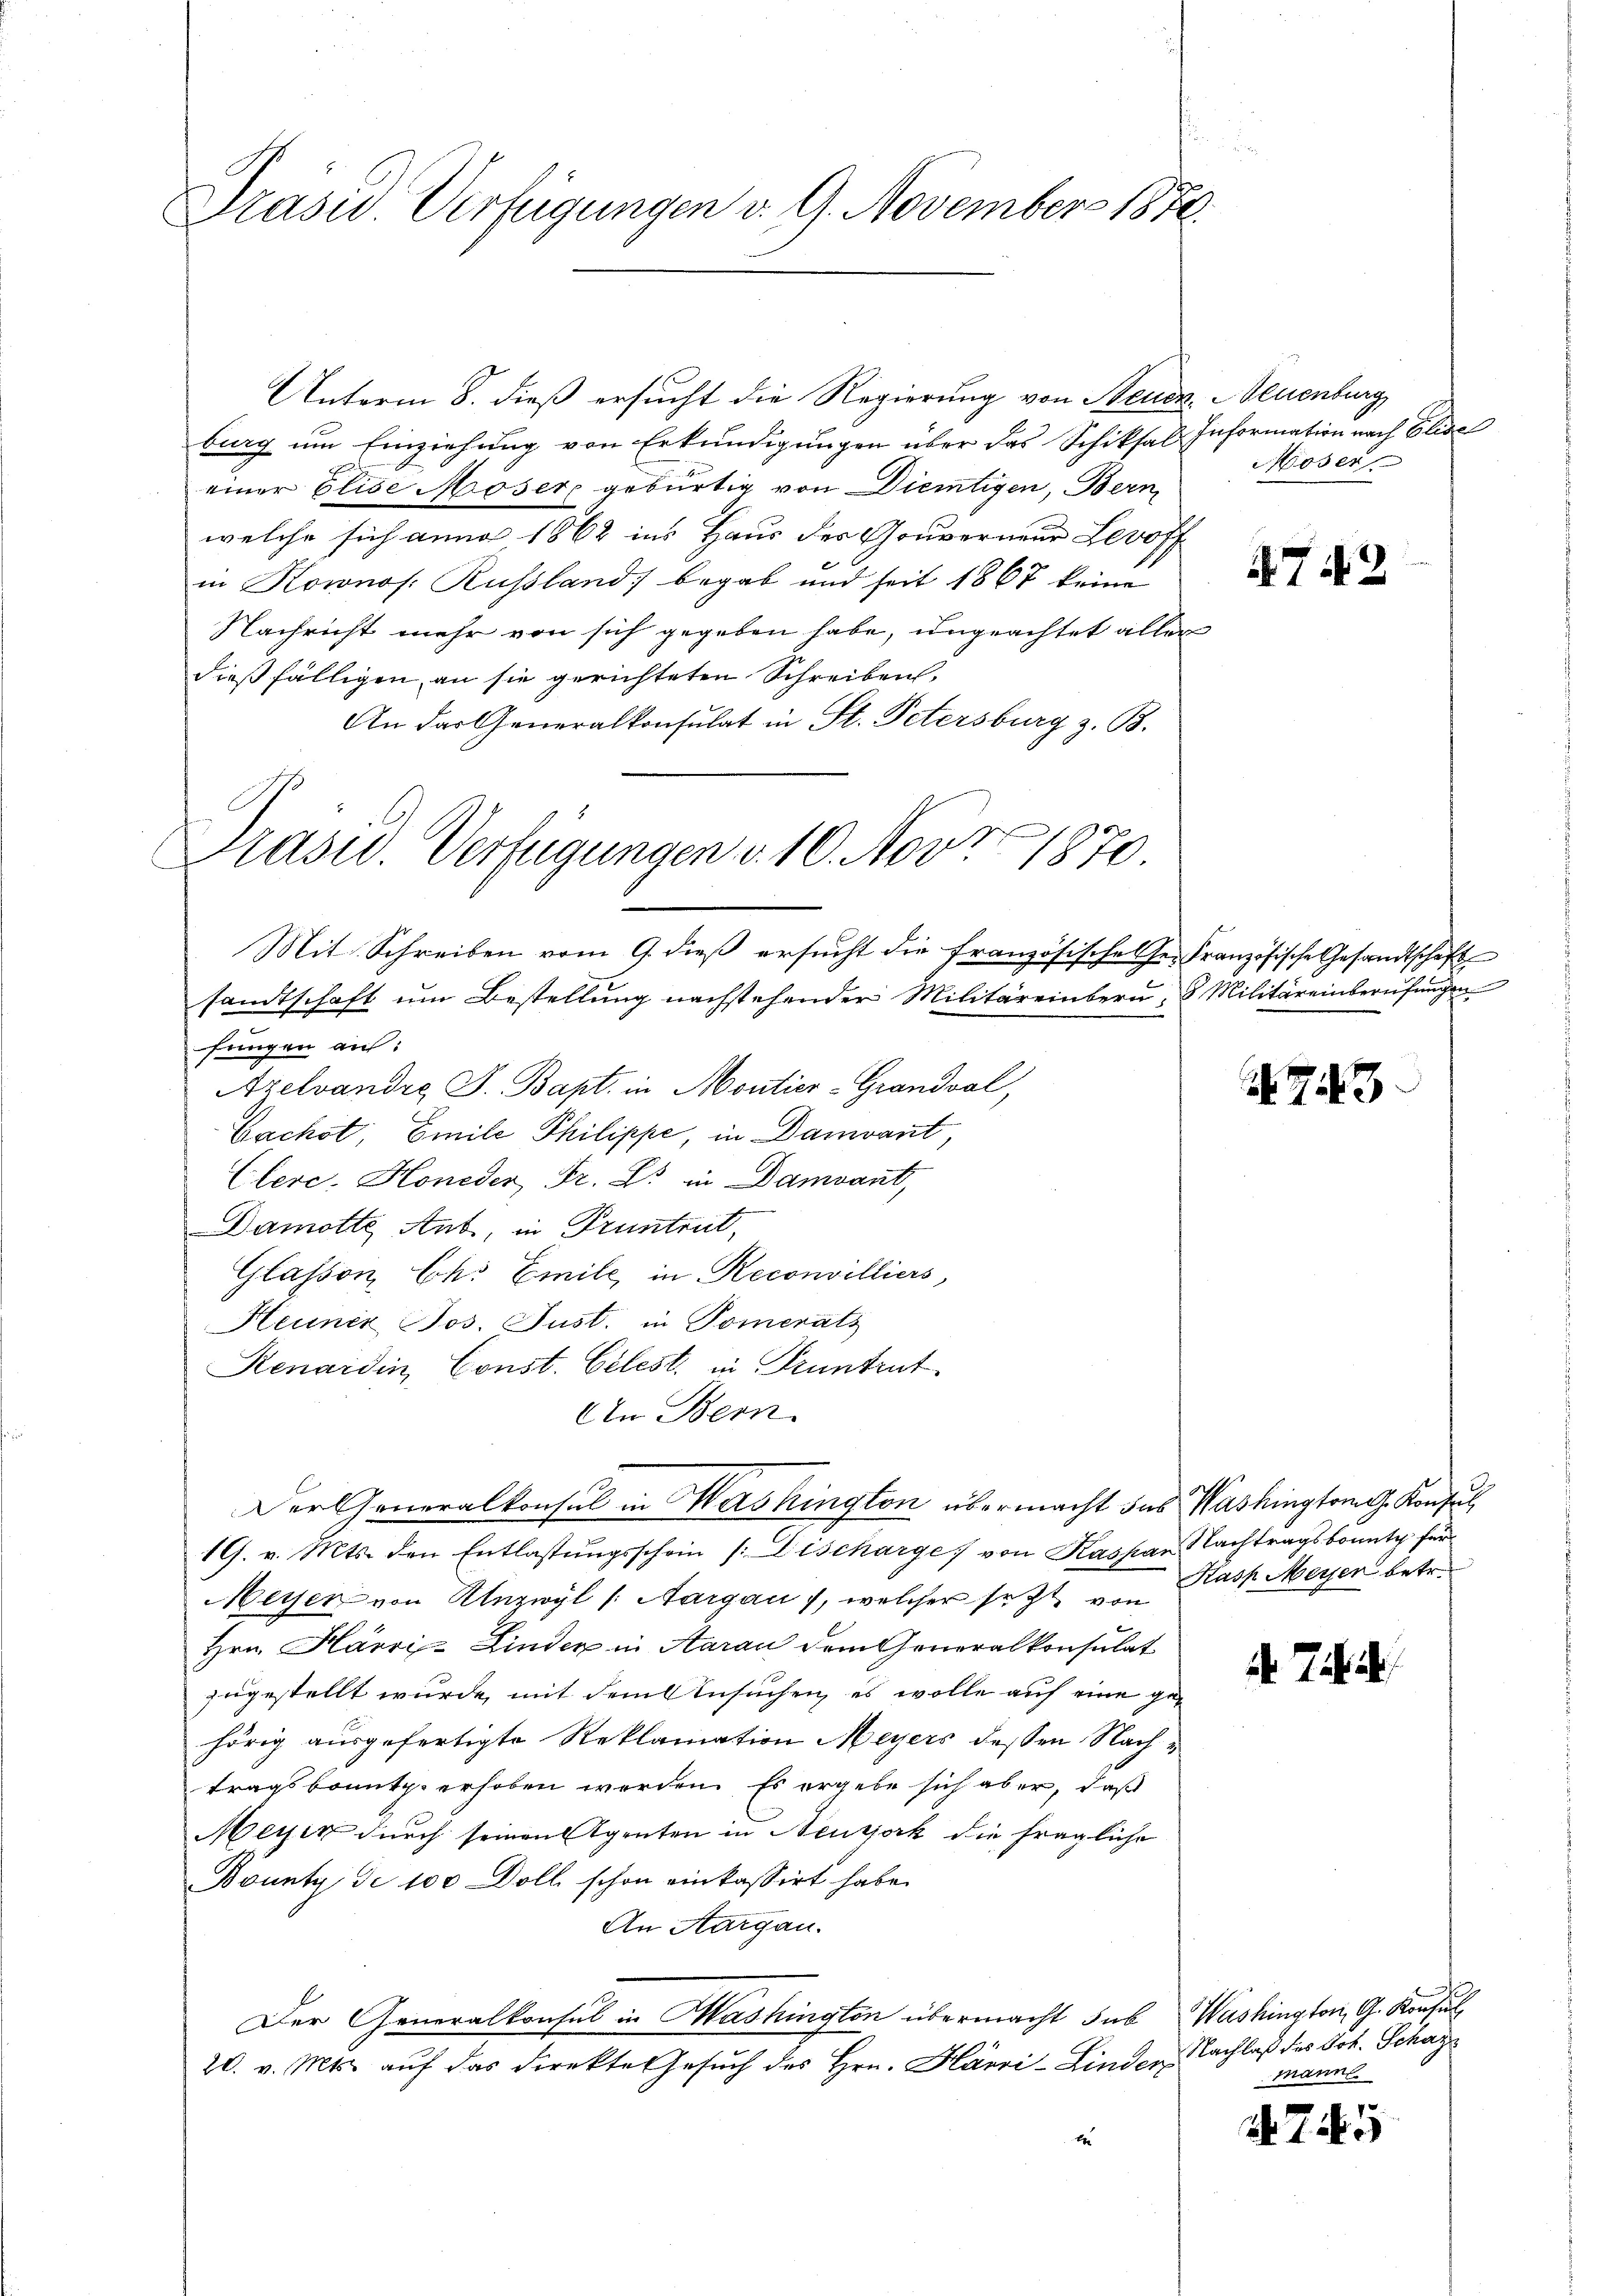
Prasid. Verfügungen v. 9. November 1870.

Pasu. Verfügungen v. 10. Nov 1870

Unterm 8. dieß ersucht die Regierung von Steuer
burg um Einziehung von Erkundigungen über das Schiksal
einer Elise Moser gebürtig von Dientigen, Bern
welche sich anno 1862 ins Haus des Gouverneur Levoff
in Kownos. Russland begab und seit 1867 keine
Nachricht mehr von sich gegeben habe, ungeachtet aller
dießfälligen, an sie gerichteten Schreiben,
An das Generalkonsulat in St. Petersburg z. B.
Mit Schreiben vom 9. dieß ersucht die Französischelser Französische Gesandtschaft
sandtschaft um Bestellung nachstehender Militäreinbern, 8. Militäreinberufungen
fungen auf:
Azelvandre S. Bapt. in Montier-Grandval,
Sachet, Emile Philippe, in Damvant,
Clere. Honeder Dr. L. in Damvant,
Damotte Art, in Pruntrut,
Glasson, Chs Emile, in Reconvilliers,
Heuner Jos. Just. in Pomerats
Renardin, Const. Celest, in Pruntrut
An Bern
Der Generalkonsul in Washington übermacht das Washington Konsul
19. v. Mts. den Entlastungsschein /: Discharge von Kassan Nachtragskonnte für
Meiser von Unzwyl /: Aargau, welcher sez von
Hrn. Harri-Linder in Aarau dem Generalkonsulat
zugestellt wurde, mit dem Ansuchen, es wolle auf eine gehörig ausgefertigte Reklamation Meyers dessen Nachtragsbonnte erhoben werden. Es ergebe sich aber, daß
Meyer durch seinen Agenten in Neusjork die fragliche
Bounty de 100 Doll schon einkassirt habe.
An Aargau.
Der Generalkonsul in Mashington übermacht sub
20. v. Mts. auf das direktes Gesuch des Hrn. Harri-Linden Nachlaß des Joh. Schaz
E

v. Neuenburg
Information nach Elise
Moser

4742

743

Kasp. Meyer betr.

d 7.

Washington, G. Konsul
mann

745